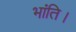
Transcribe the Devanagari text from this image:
भांति।